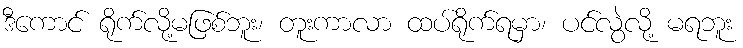
ဒီကောင် ရိုက်လို့မဖြစ်ဘူး၊ တူးကာလာ ထပ်ရိုက်ရမှာ၊ ပင်လွဲလို့ မရဘူး